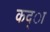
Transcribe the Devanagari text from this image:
कद्ा